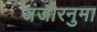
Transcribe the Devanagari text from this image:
जंजीरनुमा